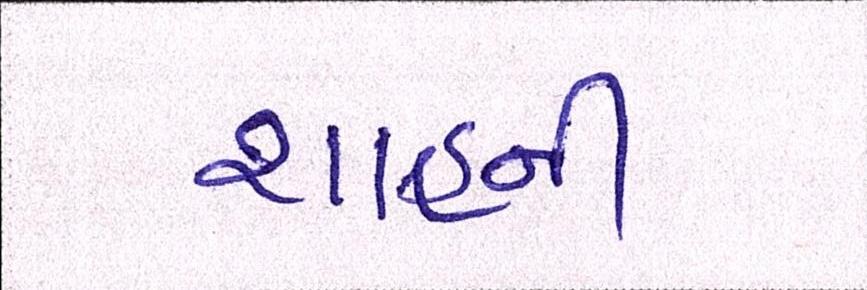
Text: શાહની